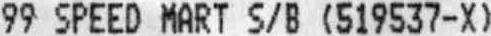
99 SPEED MART S/B (519537-X)